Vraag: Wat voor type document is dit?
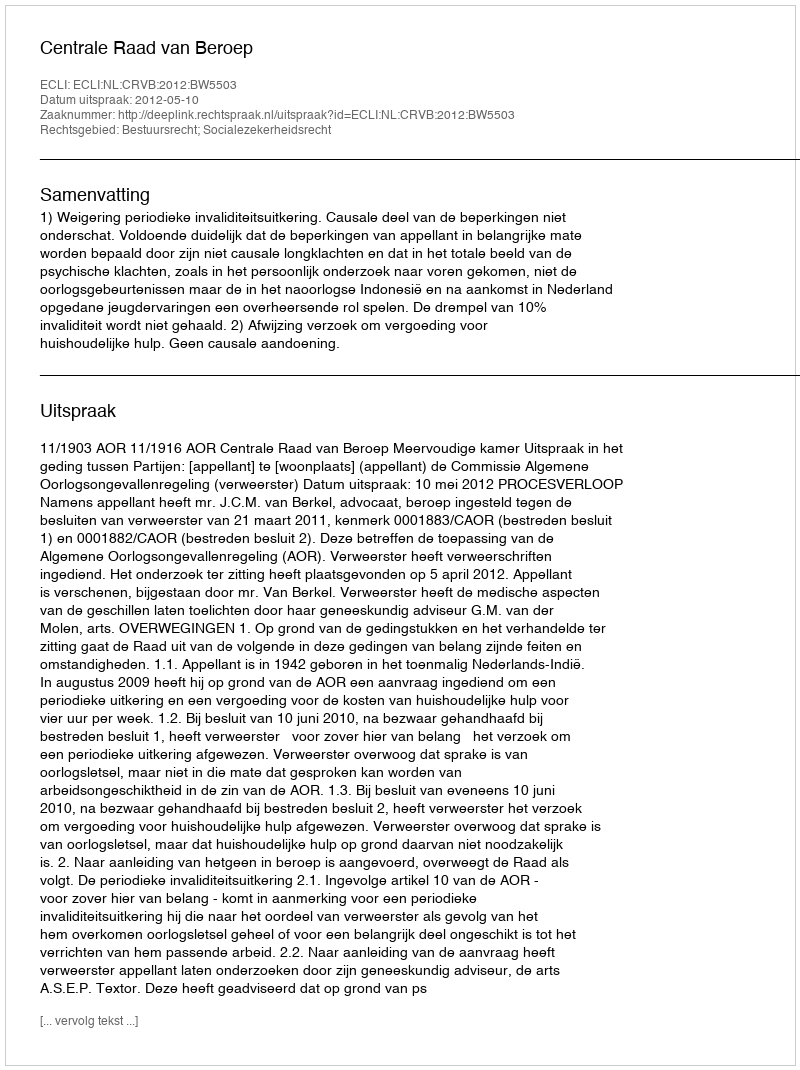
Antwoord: Uitspraak